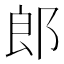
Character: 郎